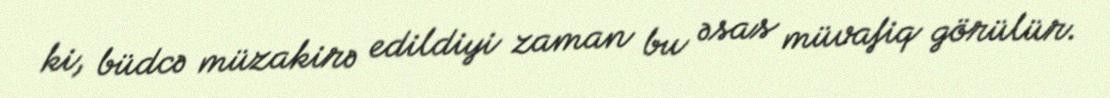
ki, büdcə müzakirə edildiyi zaman bu əsas müvafiq görülür.